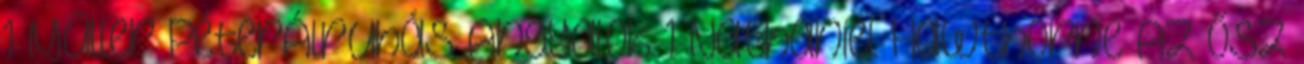
1 Müller PéterÁlruhás Angyalok 1 Nathaniel Hawthorne AZ ŐSZ